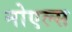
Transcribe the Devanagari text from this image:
नोएल्स